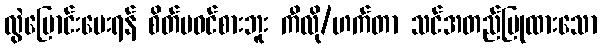
လွဲပြောင်းပေးရန် စိတ်မဝင်စားဘူး ကီလို/ဟက်တာ သင်အတည်ပြုထားသော